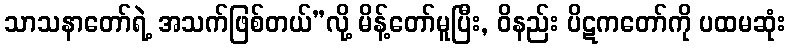
သာသနာတော်ရဲ့ အသက်ဖြစ်တယ်”လို့ မိန့်တော်မူပြီး, ဝိနည်း ပိဋကတော်ကို ပထမဆုံး